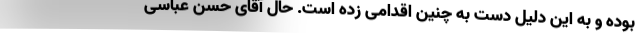
بوده و به این دلیل دست به چنین اقدامی زده است. حال آقای حسن عباسی